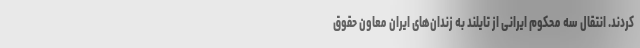
کردند. انتقال سه محکوم ایرانی از تایلند به زندان‌های ایران معاون حقوق